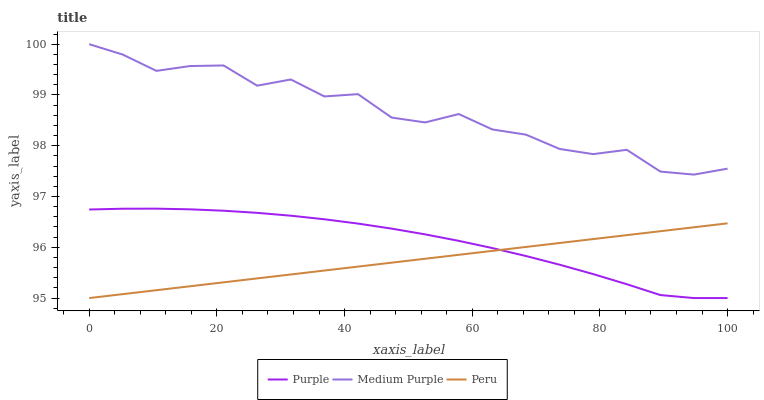
| xaxis_label | Purple | Medium Purple | Peru |
 | --- | --- | --- | --- |
 | 0 | 96.7 | 100 | 95 |
 | 5.26 | 96.8 | 99.8 | 95.1 |
 | 10.5 | 96.8 | 99.5 | 95.2 |
 | 15.8 | 96.7 | 99.6 | 95.2 |
 | 21.1 | 96.7 | 99.6 | 95.3 |
 | 26.3 | 96.7 | 99.2 | 95.4 |
 | 31.6 | 96.6 | 99.3 | 95.5 |
 | 36.8 | 96.6 | 99 | 95.5 |
 | 42.1 | 96.5 | 99 | 95.6 |
 | 47.4 | 96.4 | 98.6 | 95.7 |
 | 52.6 | 96.3 | 98.5 | 95.8 |
 | 57.9 | 96.1 | 98.6 | 95.9 |
 | 63.2 | 96 | 98.3 | 95.9 |
 | 68.4 | 95.8 | 98.2 | 96 |
 | 73.7 | 95.7 | 97.9 | 96.1 |
 | 78.9 | 95.5 | 97.8 | 96.2 |
 | 84.2 | 95.3 | 97.9 | 96.2 |
 | 89.5 | 95.1 | 97.5 | 96.3 |
 | 94.7 | 95 | 97.4 | 96.4 |
 | 100 | 95 | 97.5 | 96.5 |